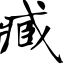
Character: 臧